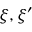
\xi , \xi ^ { \prime }